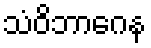
သံဝိဘာဂေန